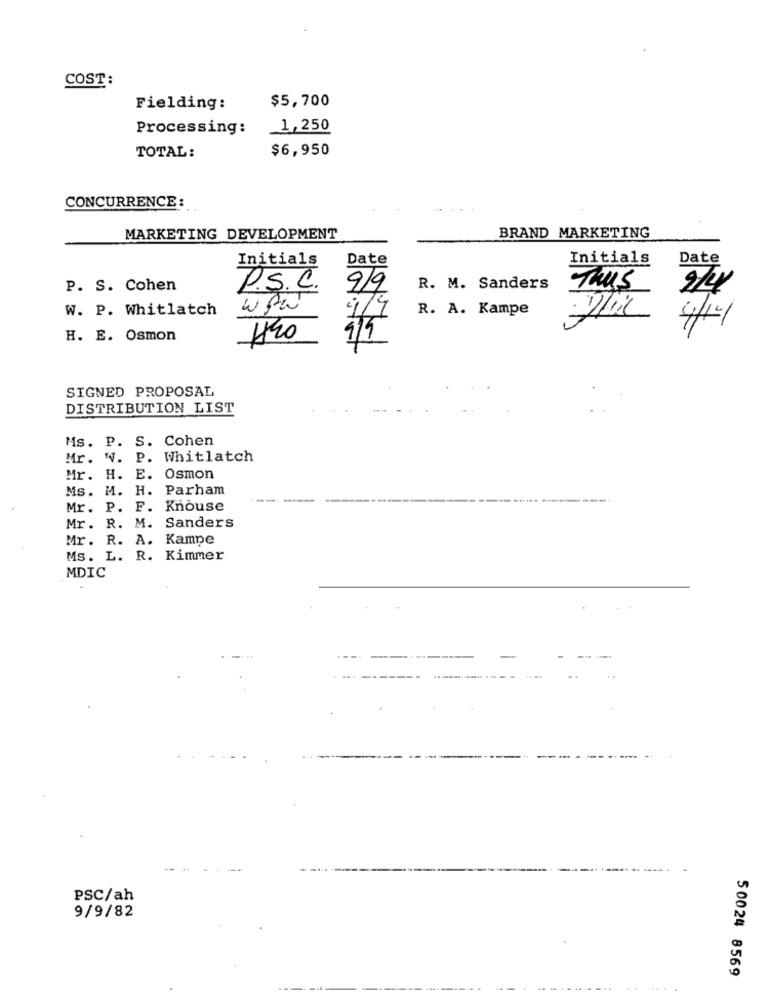
COST:
$5,700
Fielding:
Processing:
1,250
$6,950
TOTAL:
CONCURRENCE :
MARKETING DEVELOPMENT
BRAND MARKETING
Initials
Date
Initials
Date
P. S. Cohen
P.S.C.
9/9
R. M. Sanders
THIS
W. P. Whitlatch
w fw
R. A. Kampe
4/9
H. E. Osmon
9/9
SIGNED PROPOSAL
DISTRIBUTION LIST
Ms. P. S. Cohen
Mr. W. P. Whitlatch
Mr. H. E. Osmon
Ms. M. H. Parham
Mr. P. F. Knouse
Mr. R. M. Sanders
Mr. R. A. Kampe
Ms. L. R. Kimmer
MDIC
---------
PSC/ah
9/9/82
50024 8569